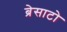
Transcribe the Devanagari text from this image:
ब्रेसाटो